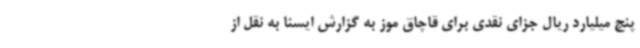
پنج میلیارد ریال جزای نقدی برای قاچاق موز به گزارش ایسنا به نقل از